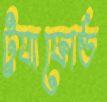
ট্র্যাফোর্ড